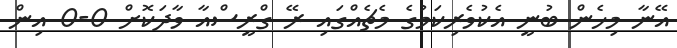
އޭނާ މިހެން ބުނީ އެކުވެރިކަމުގެ މެޗެއްގައި ރޭ ގްރީސްއާ ވާދަކޮށް 0-0 އިން